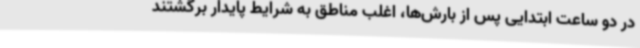
در دو ساعت ابتدایی پس از بارش‌ها، اغلب مناطق به شرایط پایدار برگشتند